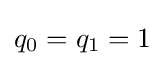
{\textstyle q_{0}=q_{1}=1}